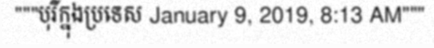
"""បុរីក្នុងប្រទេស January 9, 2019, 8:13 AM"""